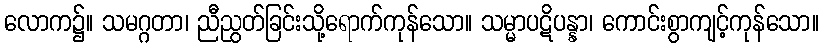
လောက၌။ သမဂ္ဂတာ၊ ညီညွတ်ခြင်းသို့ရောက်ကုန်သော။ သမ္မာပဋိပန္နာ၊ ကောင်းစွာကျင့်ကုန်သော။